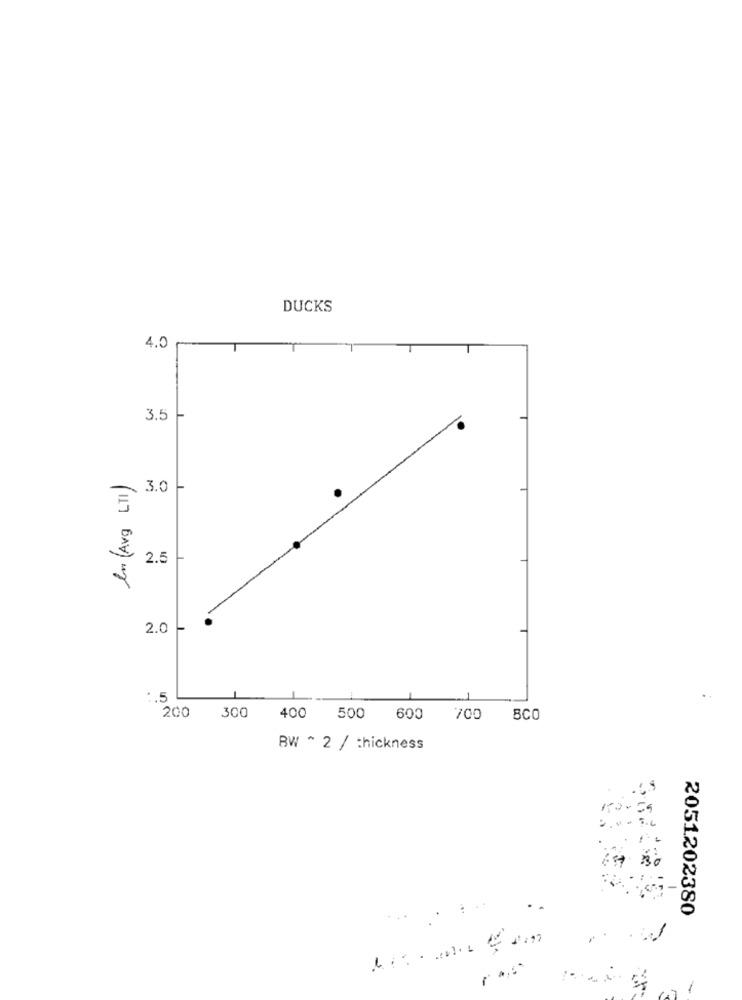
DUCKS
4.0
3.5
In (Avg LTI)
3.0
2.5
2.0
.5
300
200
400 500 600
700
8CO
BW ^ 2 / thickness
2051202380
1